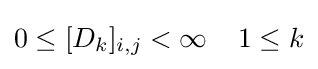
0\leq [D_{k}]_{i,j}<\infty \;\;\;\;1\leq k